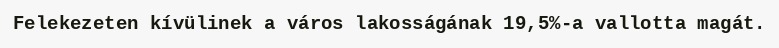
Felekezeten kívülinek a város lakosságának 19,5%-a vallotta magát.